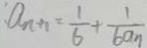
a _ { n + 1 } = \frac { 1 } { 6 } + \frac { 1 } { 6 a n }